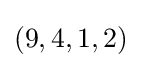
(9,4,1,2)